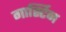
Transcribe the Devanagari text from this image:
गार्स्टिन